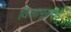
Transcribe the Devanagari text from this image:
विजापूरकडे